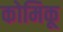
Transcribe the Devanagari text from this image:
कोमिकू